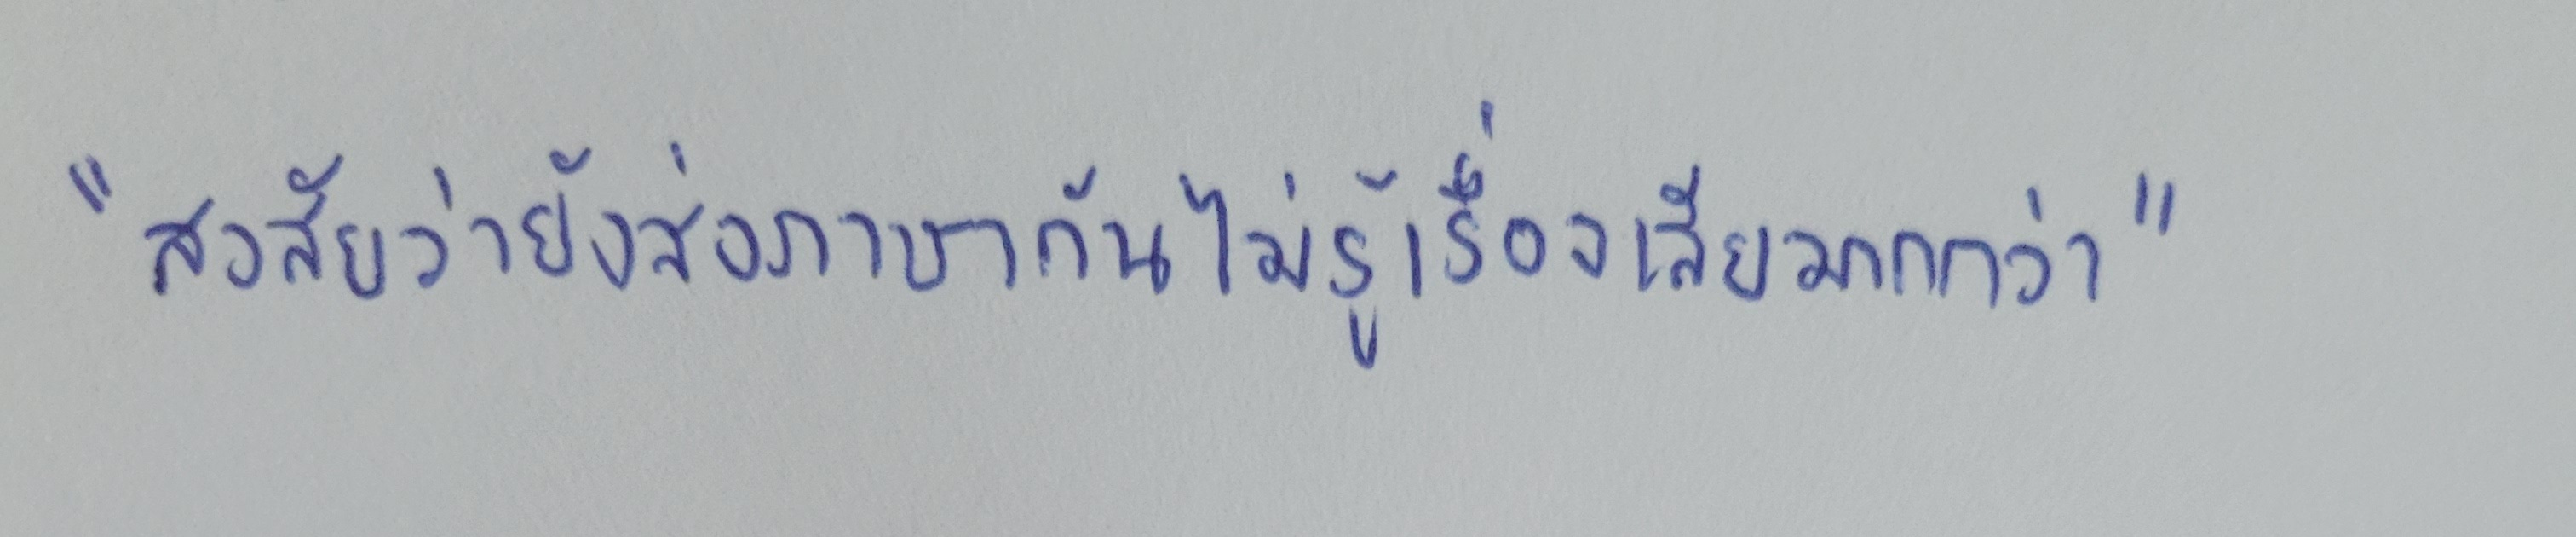
"สงสัยว่ายังส่งภาษากันไม่รู้เรื่องเสียมากกว่า"